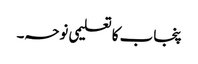
پنجاب کا تعلیمی نوحہ۔